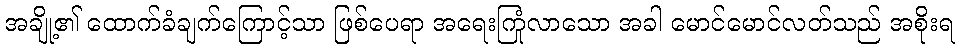
အချို့၏ ထောက်ခံချက်ကြောင့်သာ ဖြစ်ပေရာ အရေးကြုံလာသော အခါ မောင်မောင်လတ်သည် အစိုးရ